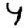
Digit: 4